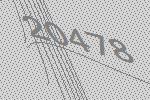
20478